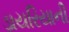
ડાયરિયાની